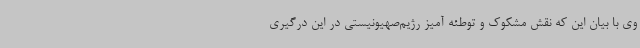
وی با بیان این که نقش مشکوک و توطئه آمیز رژیم‌صهیونیستی در این درگیری